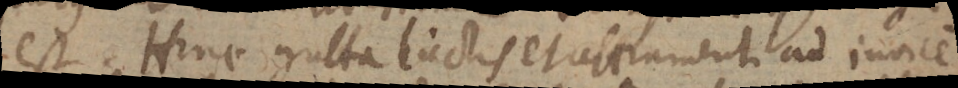
est. Hinc gutta lactis et atramenti ad invicem